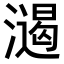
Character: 𣿌